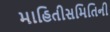
માહિતીસમિતિની